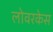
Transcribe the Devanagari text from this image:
लोवरकेस